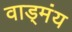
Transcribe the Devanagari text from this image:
वाड्मंय